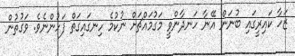
ޒަހާ ކައިރީގައި ބުނަން އޭނާ ހަނދާންވީ މަގުމައްޗަށް ނުކުމެ ހިނގައިގަތް ފަހުންނެވެ. ވަގުތުން